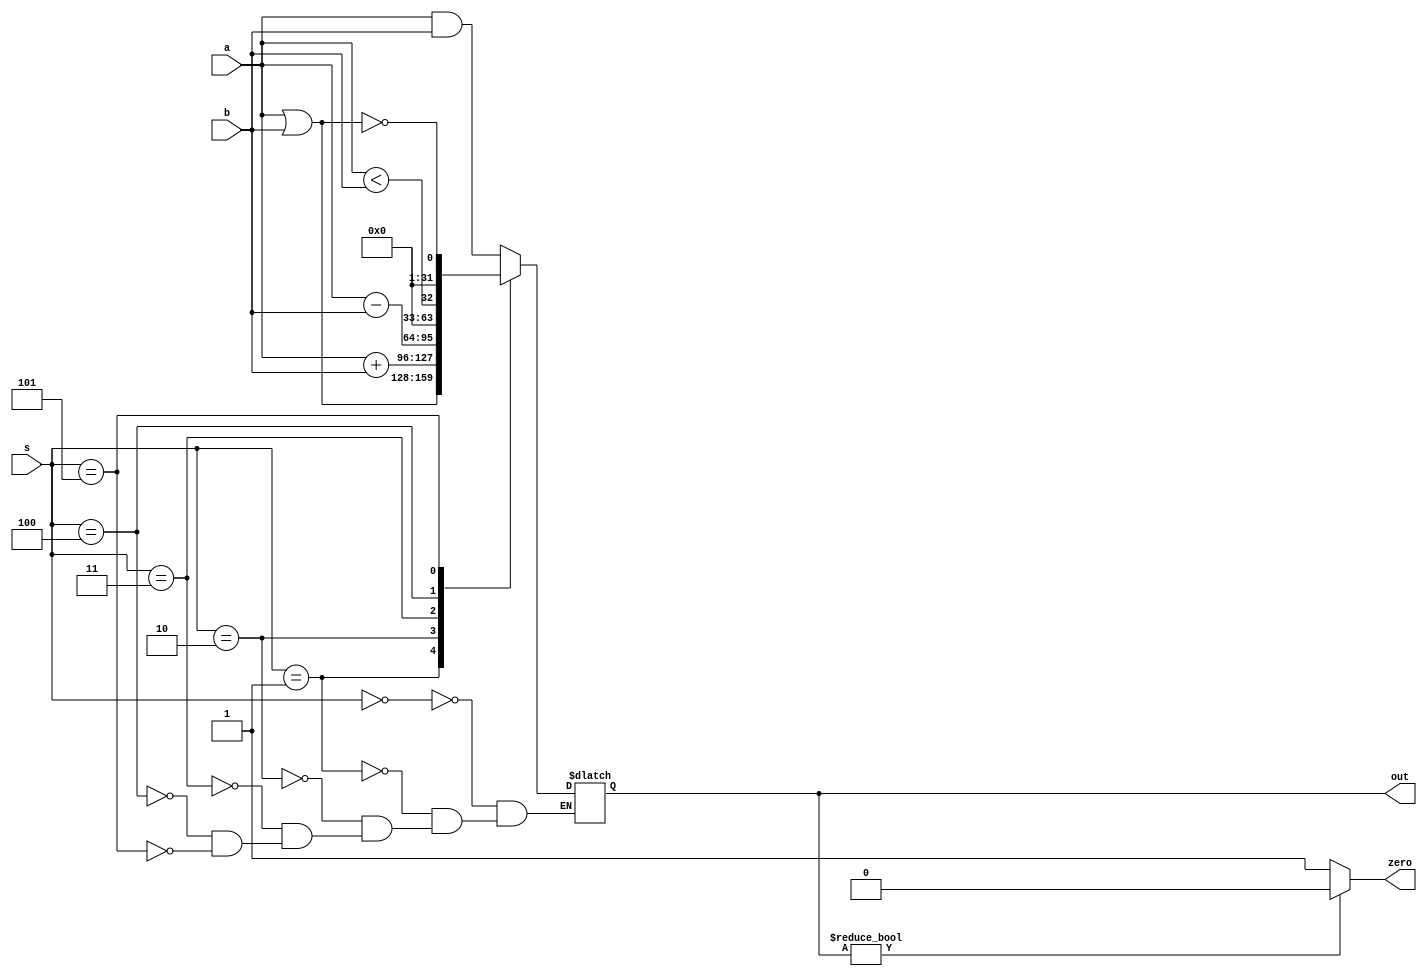
`timescale 1ns / 1ps

module ALU(
    a, b,
    s,
    out, zero
);
input [31:0]a, b;
input [3:0]s;
output reg [31:0]out;
output reg zero;

always@(*)begin
    case(s)
        0: out <= a & b;
        1: out <= a | b;
        2: out <= a + b;
        3: out <= a - b;
        4: out <= a < b;
        5: out <= !(a | b);
    endcase
    zero <= out ? 0 : 1;
end
endmodule